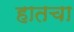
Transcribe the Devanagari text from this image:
हातचा